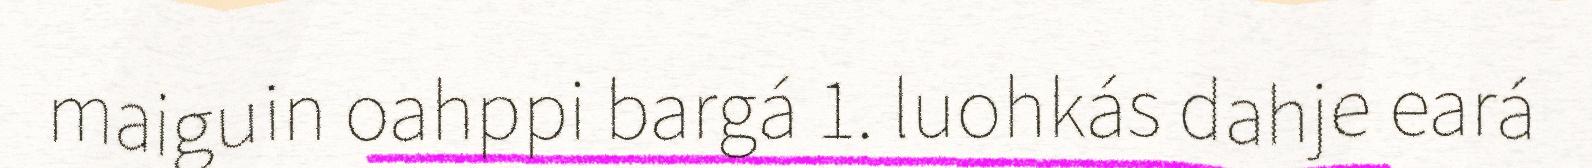
maiguin oahppi bargá 1. luohkás dahje eará